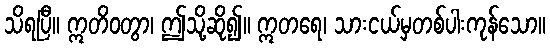
သိရပြီ။ ဣတိဝတွာ၊ ဤသို့ဆို၍။ ဣတရေ၊ သားငယ်မှတစ်ပါးကုန်သော။